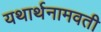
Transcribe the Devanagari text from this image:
यथार्थनामवती